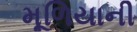
મૂળિયાની